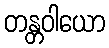
တန္တဝါယော